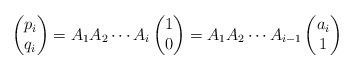
LaTeX: \begin{align*}\begin{pmatrix} p_i \\ q_i \end{pmatrix} = A_1 A_2 \cdots A_i \begin{pmatrix} 1 \\ 0\end{pmatrix} = A_1 A_2 \cdots A_{i-1} \begin{pmatrix}a_i \\ 1\end{pmatrix}\end{align*}